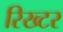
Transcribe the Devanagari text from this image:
रिख्टर